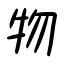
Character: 物